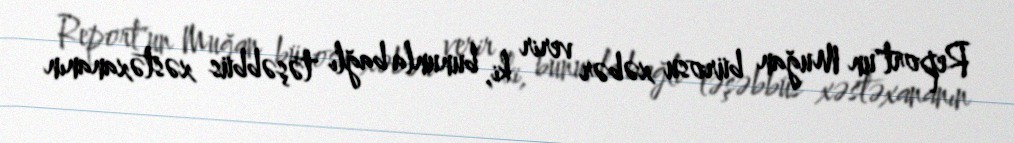
Report"un Muğan bürosu xəbər verir ki, bununla bağlı təşəbbüs xəstəxananın